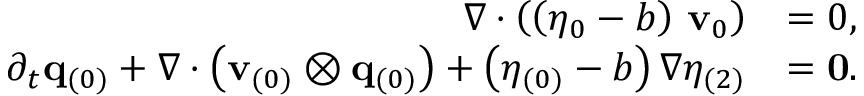
\begin{array} { r l } { \nabla \cdot \left( \left( \eta _ { 0 } - b \right) \, \mathbf { v } _ { 0 } \right) } & { = 0 , } \\ { \partial _ { t } \mathbf { q } _ { ( 0 ) } + \nabla \cdot \left( \mathbf { v } _ { ( 0 ) } \otimes \mathbf { q } _ { ( 0 ) } \right) + \left( \eta _ { ( 0 ) } - b \right) \nabla \eta _ { ( 2 ) } } & { = \mathbf { 0 } . } \end{array}